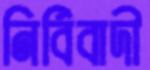
নির্বিবাদী